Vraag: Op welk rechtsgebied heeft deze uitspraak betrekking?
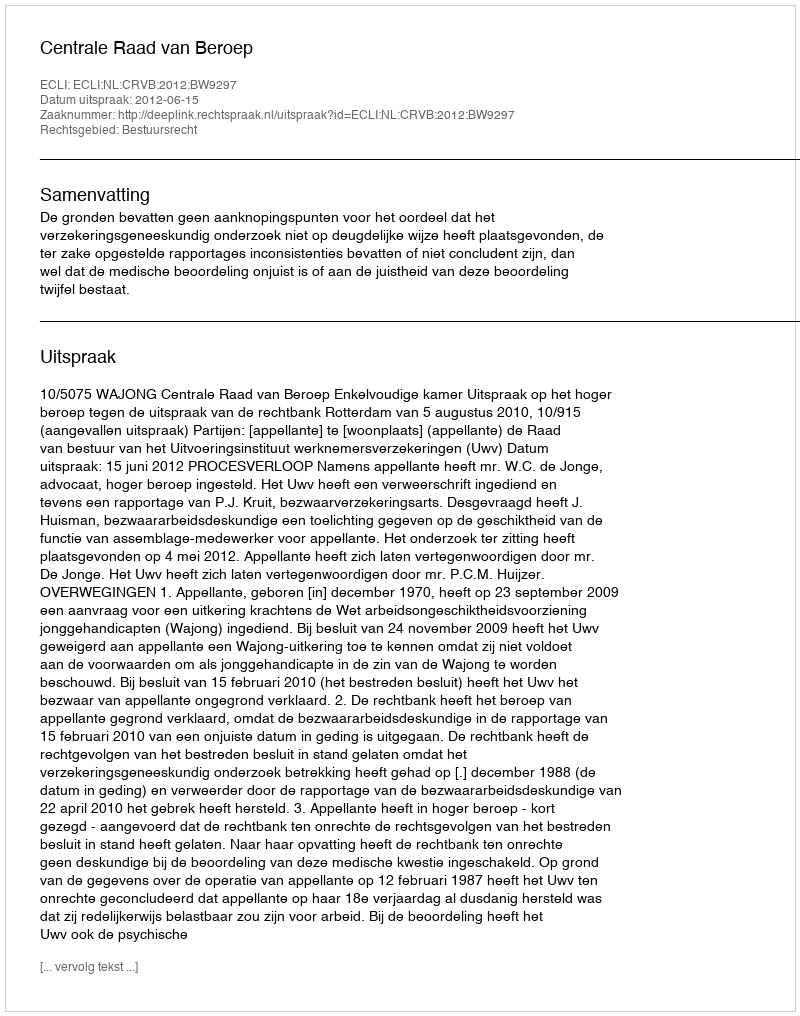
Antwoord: Bestuursrecht